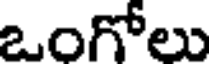
ఒంగోలు